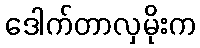
ဒေါက်တာလှမိုးက